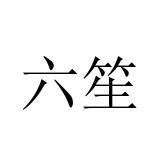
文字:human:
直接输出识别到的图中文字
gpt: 六笙